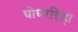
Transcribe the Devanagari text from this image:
घोघरडिहा